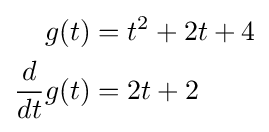
{\begin{aligned}g(t)&=t^{2}+2t+4\\{d \over dt}g(t)&=2t+2\end{aligned}}